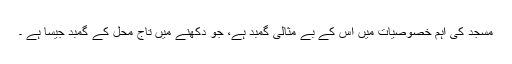
مسجد کی اہم خصوصیات میں اس کے بے مثالی گمبد ہے، جو دکھنے میں تاج محل کے گمبد جیسا ہے ۔